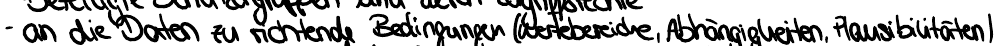
- an die Daten zu richtende Bedingungen (Wertebereiche, Abhängigkeiten, Plausibilitäten)